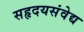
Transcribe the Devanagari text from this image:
सहृदयसंवेद्य